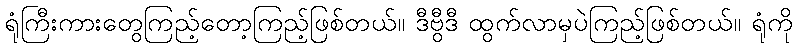
ရုံကြီးကားတွေကြည့်တော့ကြည့်ဖြစ်တယ်။ ဒီဗွီဒီ ထွက်လာမှပဲကြည့်ဖြစ်တယ်။ ရုံကို